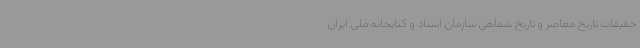
حقیقات تاریخ معاصر و تاریخ شفاهی سازمان اسناد و کتابخانه ملی ایران